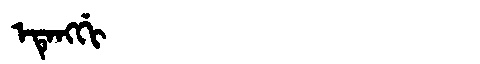
Manchu: ᡝᡨᡝᠩᡤᡳ
Romanization: ETENGGI